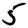
Digit: 5